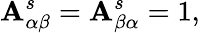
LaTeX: \mathbf{A}_{\alpha\beta}^{s}=\mathbf{A}_{\beta\alpha}^{s}=1,